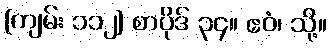
[ကျမ်း ၁၁၂] စာပိုဒ် ၃၄။ ဧဝံ၊ သို့။